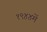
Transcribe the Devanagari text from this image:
१९४४में